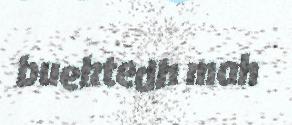
buektedh mah